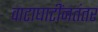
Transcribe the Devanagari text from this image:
वाटाघाटींनतंतर